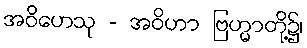
အဝိဟေသု - အဝိဟာ ဗြဟ္မာတို့၌၊